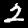
Digit: 2